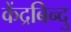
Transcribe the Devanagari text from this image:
केंद्रबिन्दु